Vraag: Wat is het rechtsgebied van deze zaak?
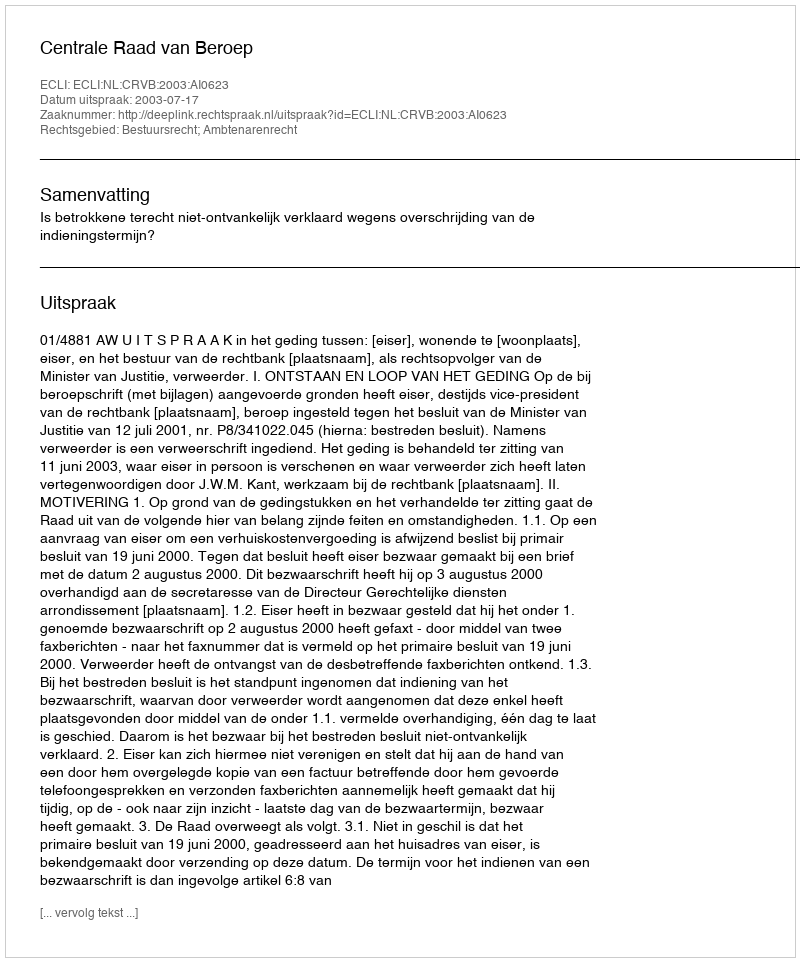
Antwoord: Bestuursrecht; Ambtenarenrecht